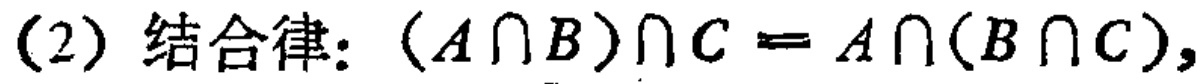
(2) 结合律: $(A\cap B)\cap C = A\cap(B\cap C),$